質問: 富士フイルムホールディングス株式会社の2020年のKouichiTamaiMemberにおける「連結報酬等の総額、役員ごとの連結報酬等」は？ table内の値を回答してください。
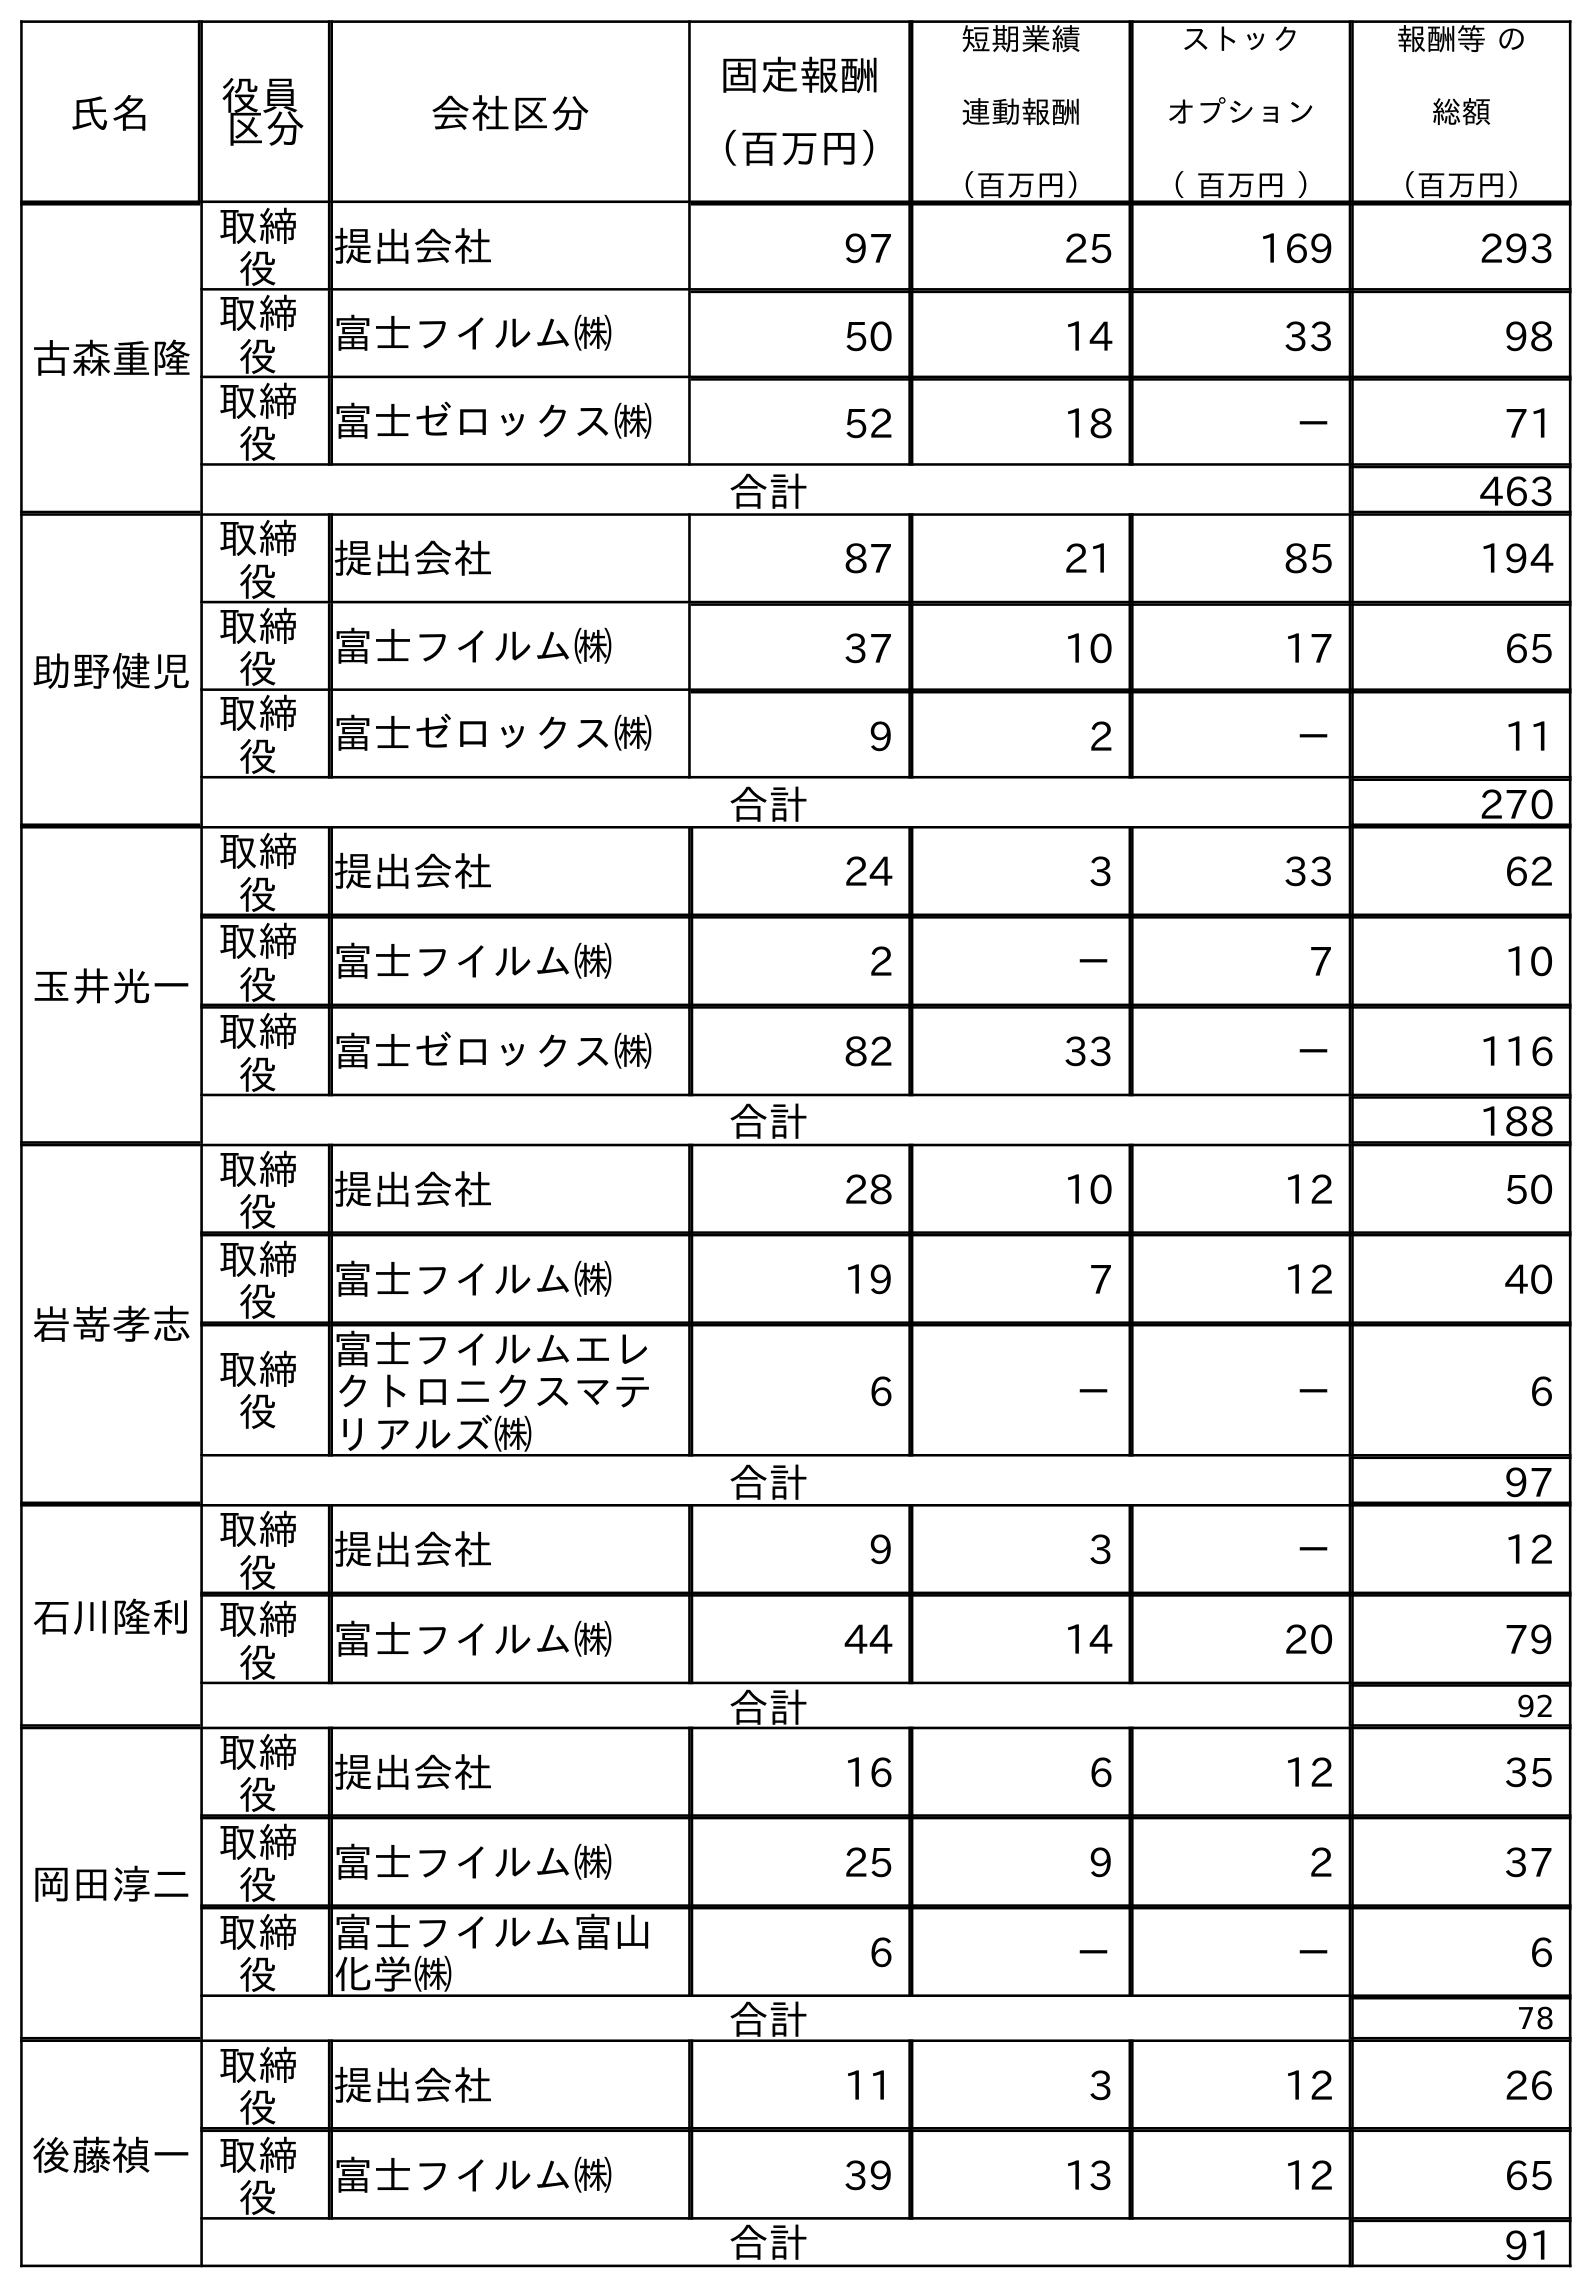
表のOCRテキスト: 氏名 役員 区分 会社区分 固定報酬 （百万円） 短期業績 連動報酬 （百万円） ストック オプション （ 百万円 ） 報酬等 の 総額 （百万円） 古森重隆 取締 役 提出会社 97 25 169 293 取締 役 富士フイルム㈱ 50 14 33 98 取締 役 富士ゼロックス㈱ 52 18 － 71 合計 463 助野健児 取締 役 提出会社 87 21 85 194 取締 役 富士フイルム㈱ 37 10 17 65 取締 役 富士ゼロックス㈱ 9 2 － 11 合計 270 玉井光一 取締 役 提出会社 24 3 33 62 取締 役 富士フイルム㈱ 2 － 7 10 取締 役 富士ゼロックス㈱ 82 33 － 116 合計 188 岩嵜孝志 取締 役 提出会社 28 10 12 50 取締 役 富士フイルム㈱ 19 7 12 40 取締 役 富士フイルムエレ クトロニクスマテ リアルズ㈱ 6 － － 6 合計 97 石川隆利 取締 役 提出会社 9 3 － 12 取締 役 富士フイルム㈱ 44 14 20 79 合計 92 岡田淳二 取締 役 提出会社 16 6 12 35 取締 役 富士フイルム㈱ 25 9 2 37 取締 役 富士フイルム富山 化学㈱ 6 － － 6 合計 78 後藤禎一 取締 役 提出会社 11 3 12 26 取締 役 富士フイルム㈱ 39 13 12 65 合計 91
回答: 188